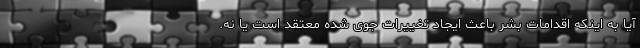
آیا به اینکه اقدامات بشر باعث ایجاد تغییرات جوی شده معتقد است یا نه.